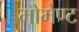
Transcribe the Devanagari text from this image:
मोमेण्ट